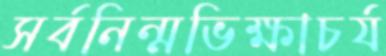
সর্বনিন্মভিক্ষাচর্য